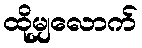
ထိုမျှလောက်